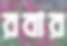
রবার